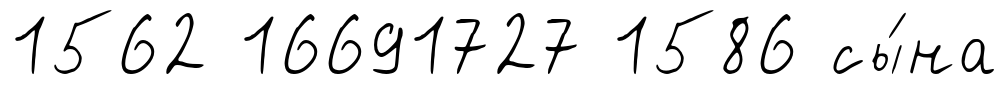
1562 16691727 1586 сы́на